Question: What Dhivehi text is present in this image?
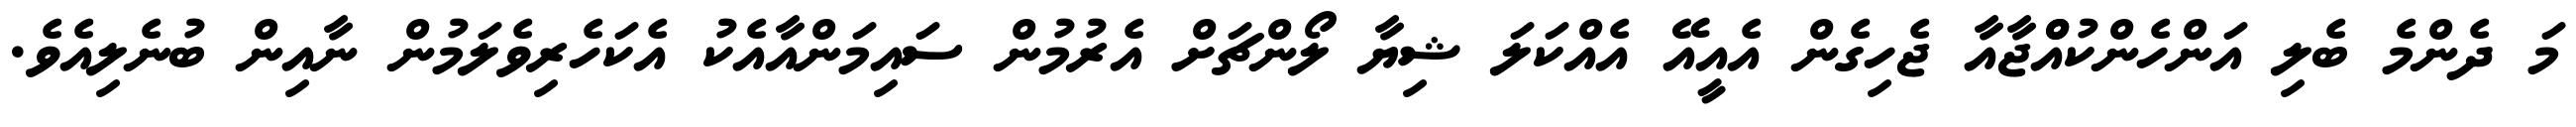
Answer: މަ ދެންމެ ބެލި އަންހެންކުއްްޖާއާ ޖެހިގެން އެއީއޭ އެއްކަލަ ޝިޔާ ލޯންޗަށް އެރުމުން ސައިމަންއާއެކު އެކަހެރިވެލަމުން ނާއިން ބުނެލިއެވެ.